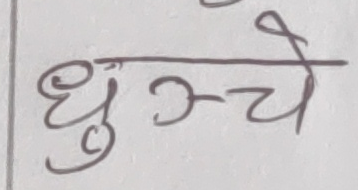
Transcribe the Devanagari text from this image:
धुन्चे